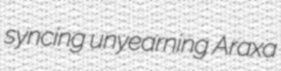
syncing unyearning Araxa